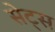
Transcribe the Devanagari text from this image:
सेट्‌स